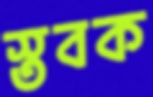
স্তবক